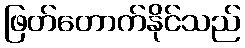
ဖြတ်တောက်နိုင်သည်